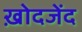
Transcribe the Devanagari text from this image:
ख़ोदजेंद